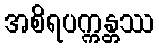
အစိရပက္ကန္တဿ